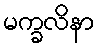
မက္ခလိနာ